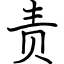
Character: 责